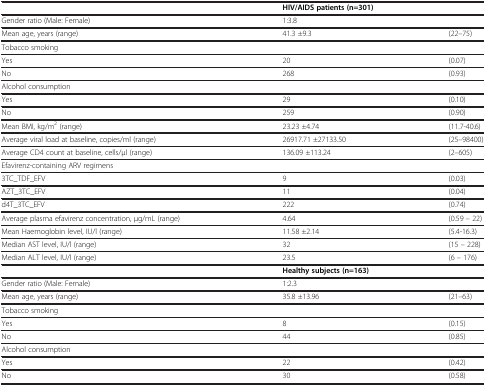
|  | <COLSPAN=2> HIV/AIDS patients (n=301) |
 | --- | --- | --- |
 | Gender ratio (Male: Female) | 1:3.8 |  |
 | Mean age, years (range) | 41.3 ±9.3 | (22–75) |
 | Tobacco smoking |  |  |
 | Yes | 20 | (0.07) |
 | No | 268 | (0.93) |
 | Alcohol consumption |  |  |
 | Yes | 29 | (0.10) |
 | No | 259 | (0.90) |
 | Mean BMI, kg/m2 (range) | 23.23 ±4.74 | (11.7-40.6) |
 | Average viral load at baseline, copies/ml (range) | 26917.71 ±27133.50 | (25–98400) |
 | Average CD4 count at baseline, cells/μl (range) | 136.09 ±113.24 | (2–605) |
 | Efavirenz-containing ARV regimens |  |  |
 | 3TC_TDF_EFV | 9 | (0.03) |
 | AZT_3TC_EFV | 11 | (0.04) |
 | d4T_3TC_EFV | 222 | (0.74) |
 | Average plasma efavirenz concentration, μg/mL (range) | 4.64 | (0.59 – 22) |
 | Mean Haemoglobin level, IU/l (range) | 11.58 ±2.14 | (5.4-16.3) |
 | Median AST level, IU/l (range) | 32 | (15 – 228) |
 | Median ALT level, IU/l (range) | 23.5 | (6 – 176) |
 |  | <COLSPAN=2> Healthy subjects (n=163) |
 | Gender ratio (Male: Female) | 1:2.3 |  |
 | Mean age, years (range) | 35.8 ±13.96 | (21–63) |
 | Tobacco smoking |  |  |
 | Yes | 8 | (0.15) |
 | No | 44 | (0.85) |
 | Alcohol consumption |  |  |
 | Yes | 22 | (0.42) |
 | No | 30 | (0.58) |